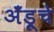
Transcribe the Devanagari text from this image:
अँड्रूचे